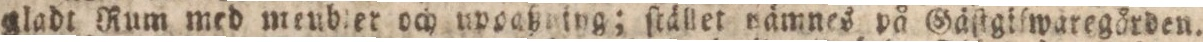
gladt Rum med meubier och unoaßning; ſtället nämnes på Gäſtgiſwäregården.